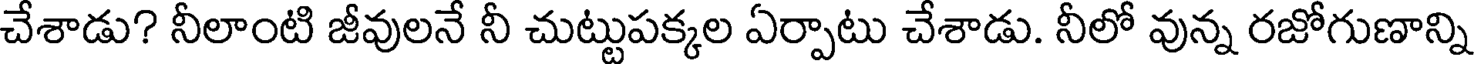
చేశాడు? నీలాంటి జీవులనే నీ చుట్టుపక్కల ఏర్పాటు చేశాడు. నీలో వున్న రజోగుణాన్ని